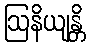
ဩနိယျန္တိ